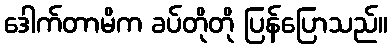
ဒေါက်တာမိက ခပ်တိုတို ပြန်ပြောသည်။